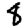
Digit: 8